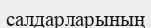
салдарларының